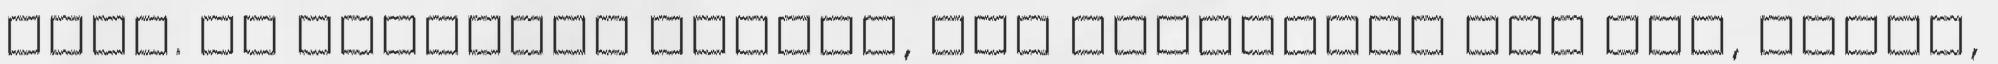
vele. És kiváncsi vagyok, kik bukkannak még fel, főleg,